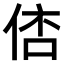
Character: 𠊑